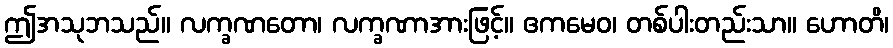
ဤအသုဘသည်။ လက္ခဏတော၊ လက္ခဏာအားဖြင့်။ ဧကမေဝ၊ တစ်ပါးတည်းသာ။ ဟောတိ၊